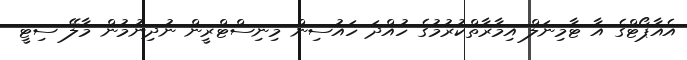
އެއާޕޯޓްގެ އާ ޓާމިނަލް އިމާރާތްކުރުމުގެ ހުއްދަ ހައުސިން މިނިސްޓްރީން ނުދިނުމުން މާލޭ ސިޓީ